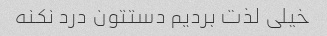
خیلی لذت بردیم دستتون درد نکنه